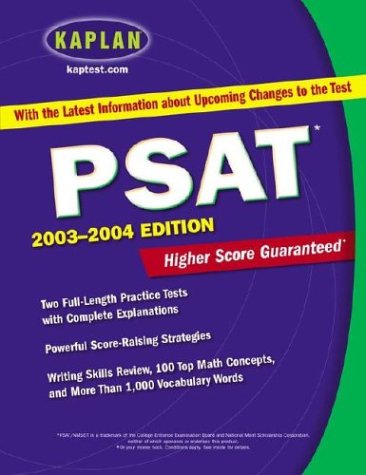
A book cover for Kaplan PSAT 2004 (Kaplan PSAT/NMSQT); Kaplan; Test Preparation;